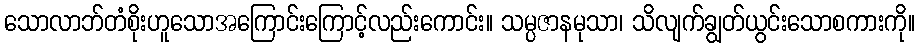
သောလာဘ်တံစိုးဟူသောအကြောင်းကြောင့်လည်းကောင်း။ သမ္ပဇာနမုသာ၊ သိလျက်ချွတ်ယွင်းသောစကားကို။